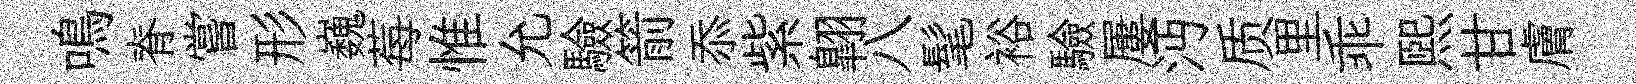
鳴脊嘗形巍莓惟允驗箭忝紫翺八髦裕驗屢沔质里乖熙甘膚